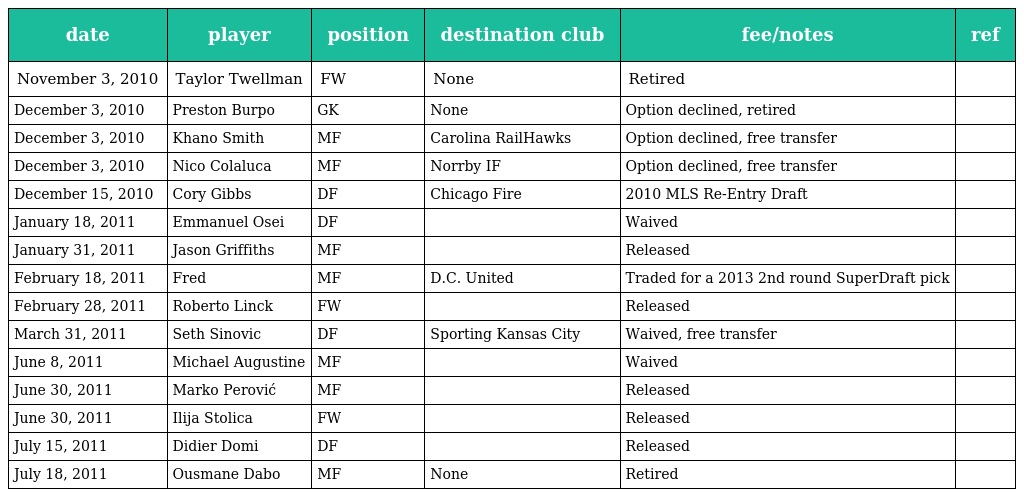
| date | player | position | destination club | fee/notes | ref |
 | --- | --- | --- | --- | --- | --- |
 | November 3, 2010 | Taylor Twellman | FW | None | Retired |  |
 | December 3, 2010 | Preston Burpo | GK | None | Option declined, retired |  |
 | December 3, 2010 | Khano Smith | MF | Carolina RailHawks | Option declined, free transfer |  |
 | December 3, 2010 | Nico Colaluca | MF | Norrby IF | Option declined, free transfer |  |
 | December 15, 2010 | Cory Gibbs | DF | Chicago Fire | 2010 MLS Re-Entry Draft |  |
 | January 18, 2011 | Emmanuel Osei | DF |  | Waived |  |
 | January 31, 2011 | Jason Griffiths | MF |  | Released |  |
 | February 18, 2011 | Fred | MF | D.C. United | Traded for a 2013 2nd round SuperDraft pick |  |
 | February 28, 2011 | Roberto Linck | FW |  | Released |  |
 | March 31, 2011 | Seth Sinovic | DF | Sporting Kansas City | Waived, free transfer |  |
 | June 8, 2011 | Michael Augustine | MF |  | Waived |  |
 | June 30, 2011 | Marko Perović | MF |  | Released |  |
 | June 30, 2011 | Ilija Stolica | FW |  | Released |  |
 | July 15, 2011 | Didier Domi | DF |  | Released |  |
 | July 18, 2011 | Ousmane Dabo | MF | None | Retired |  |